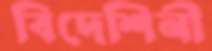
বিদেশিনী